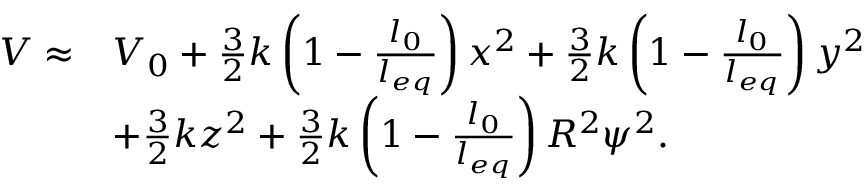
\begin{array} { r l } { V \approx } & { V _ { 0 } + \frac { 3 } { 2 } k \left( 1 - \frac { l _ { 0 } } { l _ { e q } } \right) x ^ { 2 } + \frac { 3 } { 2 } k \left( 1 - \frac { l _ { 0 } } { l _ { e q } } \right) y ^ { 2 } } \\ & { + \frac { 3 } { 2 } k z ^ { 2 } + \frac { 3 } { 2 } k \left( 1 - \frac { l _ { 0 } } { l _ { e q } } \right) R ^ { 2 } \psi ^ { 2 } . } \end{array}